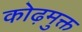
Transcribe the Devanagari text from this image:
कोढ़मुक्त